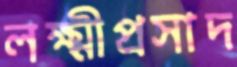
লক্ষ্মীপ্রসাদ